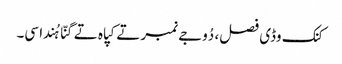
کنک وڈی فصل، دُوجے نمبر تے کپاہ تے گنّا ہُندا سی۔